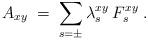
LaTeX: \begin{align*}A_{xy} \;=\; \sum_{s=\pm} \lambda_s^{xy}\: F_s^{xy} \;. \end{align*}